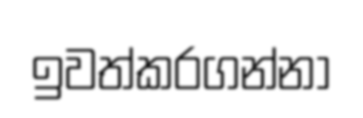
ඉවත්කරගන්නා